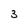
Character: 3